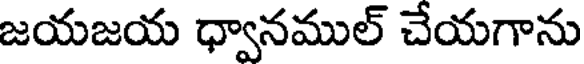
జయజయ ధ్వానముల్ చేయగాను